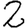
Digit: 2